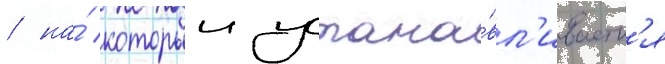
/ на́ которыи устана́вл'иваетс'я